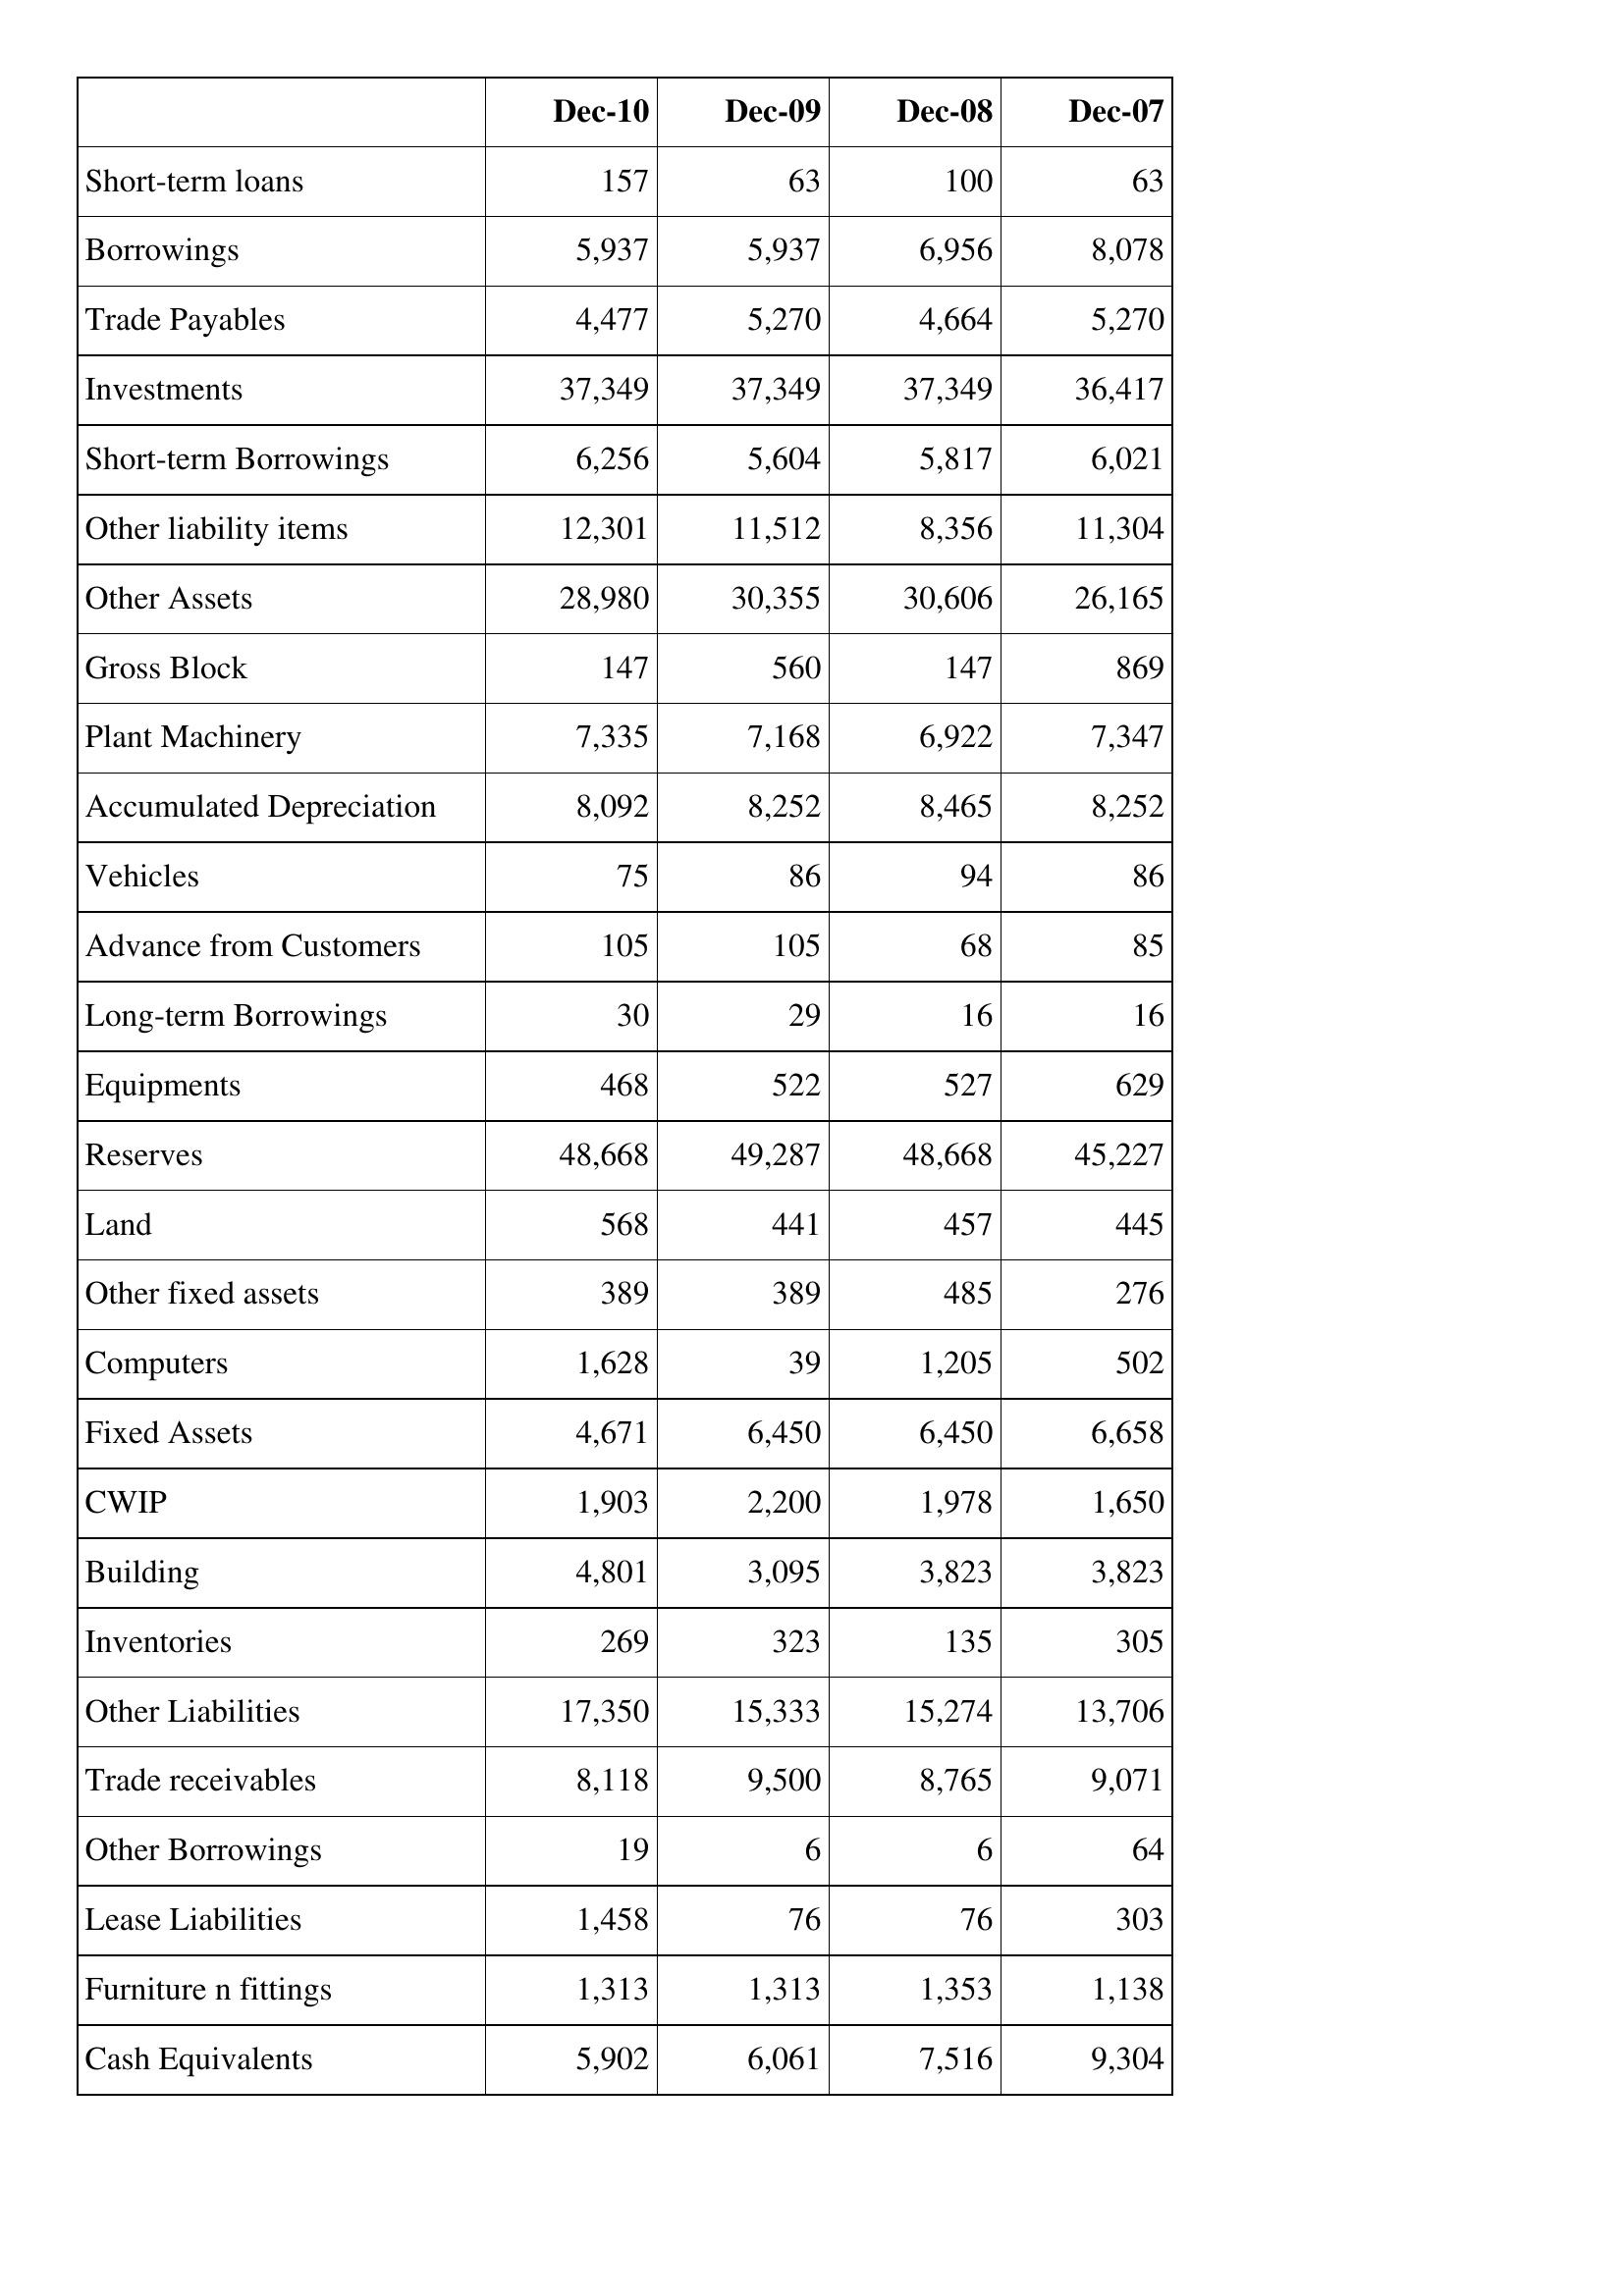
Dec-10: Balance Sheet: Short-term loans: 157
Borrowings: 5,937
Trade Payables: 4,477
Investments: 37,349
Short-term Borrowings: 6,256
Other liability items: 12,301
Other Assets: 28,980
Gross Block: 147
Plant Machinery: 7,335
Accumulated Depreciation: 8,092
Vehicles: 75
Advance from Customers: 105
Long-term Borrowings: 30
Equipments: 468
Reserves: 48,668
Land: 568
Other fixed assets: 389
Computers: 1,628
Fixed Assets: 4,671
CWIP: 1,903
Building: 4,801
Inventories: 269
Other Liabilities: 17,350
Trade receivables: 8,118
Other Borrowings: 19
Lease Liabilities: 1,458
Furniture n fittings: 1,313
Cash Equivalents: 5,902
Dec-09: Balance Sheet: Short-term loans: 63
Borrowings: 5,937
Trade Payables: 5,270
Investments: 37,349
Short-term Borrowings: 5,604
Other liability items: 11,512
Other Assets: 30,355
Gross Block: 560
Plant Machinery: 7,168
Accumulated Depreciation: 8,252
Vehicles: 86
Advance from Customers: 105
Long-term Borrowings: 29
Equipments: 522
Reserves: 49,287
Land: 441
Other fixed assets: 389
Computers: 39
Fixed Assets: 6,450
CWIP: 2,200
Building: 3,095
Inventories: 323
Other Liabilities: 15,333
Trade receivables: 9,500
Other Borrowings: 6
Lease Liabilities: 76
Furniture n fittings: 1,313
Cash Equivalents: 6,061
Dec-08: Balance Sheet: Short-term loans: 100
Borrowings: 6,956
Trade Payables: 4,664
Investments: 37,349
Short-term Borrowings: 5,817
Other liability items: 8,356
Other Assets: 30,606
Gross Block: 147
Plant Machinery: 6,922
Accumulated Depreciation: 8,465
Vehicles: 94
Advance from Customers: 68
Long-term Borrowings: 16
Equipments: 527
Reserves: 48,668
Land: 457
Other fixed assets: 485
Computers: 1,205
Fixed Assets: 6,450
CWIP: 1,978
Building: 3,823
Inventories: 135
Other Liabilities: 15,274
Trade receivables: 8,765
Other Borrowings: 6
Lease Liabilities: 76
Furniture n fittings: 1,353
Cash Equivalents: 7,516
Dec-07: Balance Sheet: Short-term loans: 63
Borrowings: 8,078
Trade Payables: 5,270
Investments: 36,417
Short-term Borrowings: 6,021
Other liability items: 11,304
Other Assets: 26,165
Gross Block: 869
Plant Machinery: 7,347
Accumulated Depreciation: 8,252
Vehicles: 86
Advance from Customers: 85
Long-term Borrowings: 16
Equipments: 629
Reserves: 45,227
Land: 445
Other fixed assets: 276
Computers: 502
Fixed Assets: 6,658
CWIP: 1,650
Building: 3,823
Inventories: 305
Other Liabilities: 13,706
Trade receivables: 9,071
Other Borrowings: 64
Lease Liabilities: 303
Furniture n fittings: 1,138
Cash Equivalents: 9,304